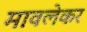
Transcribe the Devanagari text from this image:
मावलेकर